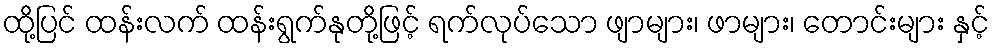
ထို့ပြင် ထန်းလက် ထန်းရွက်နုတို့ဖြင့် ရက်လုပ်သော ဖျာများ၊ ဖာများ၊ တောင်းများ နှင့်